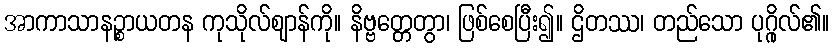
အာကာသာနဉ္စာယတန ကုသိုလ်ဈာန်ကို။ နိဗ္ဗတ္တေတွာ၊ ဖြစ်စေပြီး၍။ ဌိတဿ၊ တည်သော ပုဂ္ဂိုလ်၏။